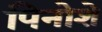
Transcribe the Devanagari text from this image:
पिनोशे